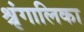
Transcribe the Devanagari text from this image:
श्रृंगालिका